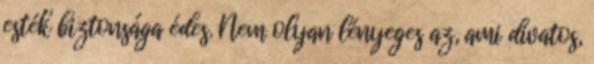
esték biztonsága édes. Nem olyan lényeges az, ami divatos,